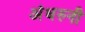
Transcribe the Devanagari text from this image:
अंधरुनी